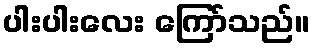
ပါးပါးလေး ကြော်သည်။